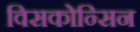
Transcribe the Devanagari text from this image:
विसकोन्सिन